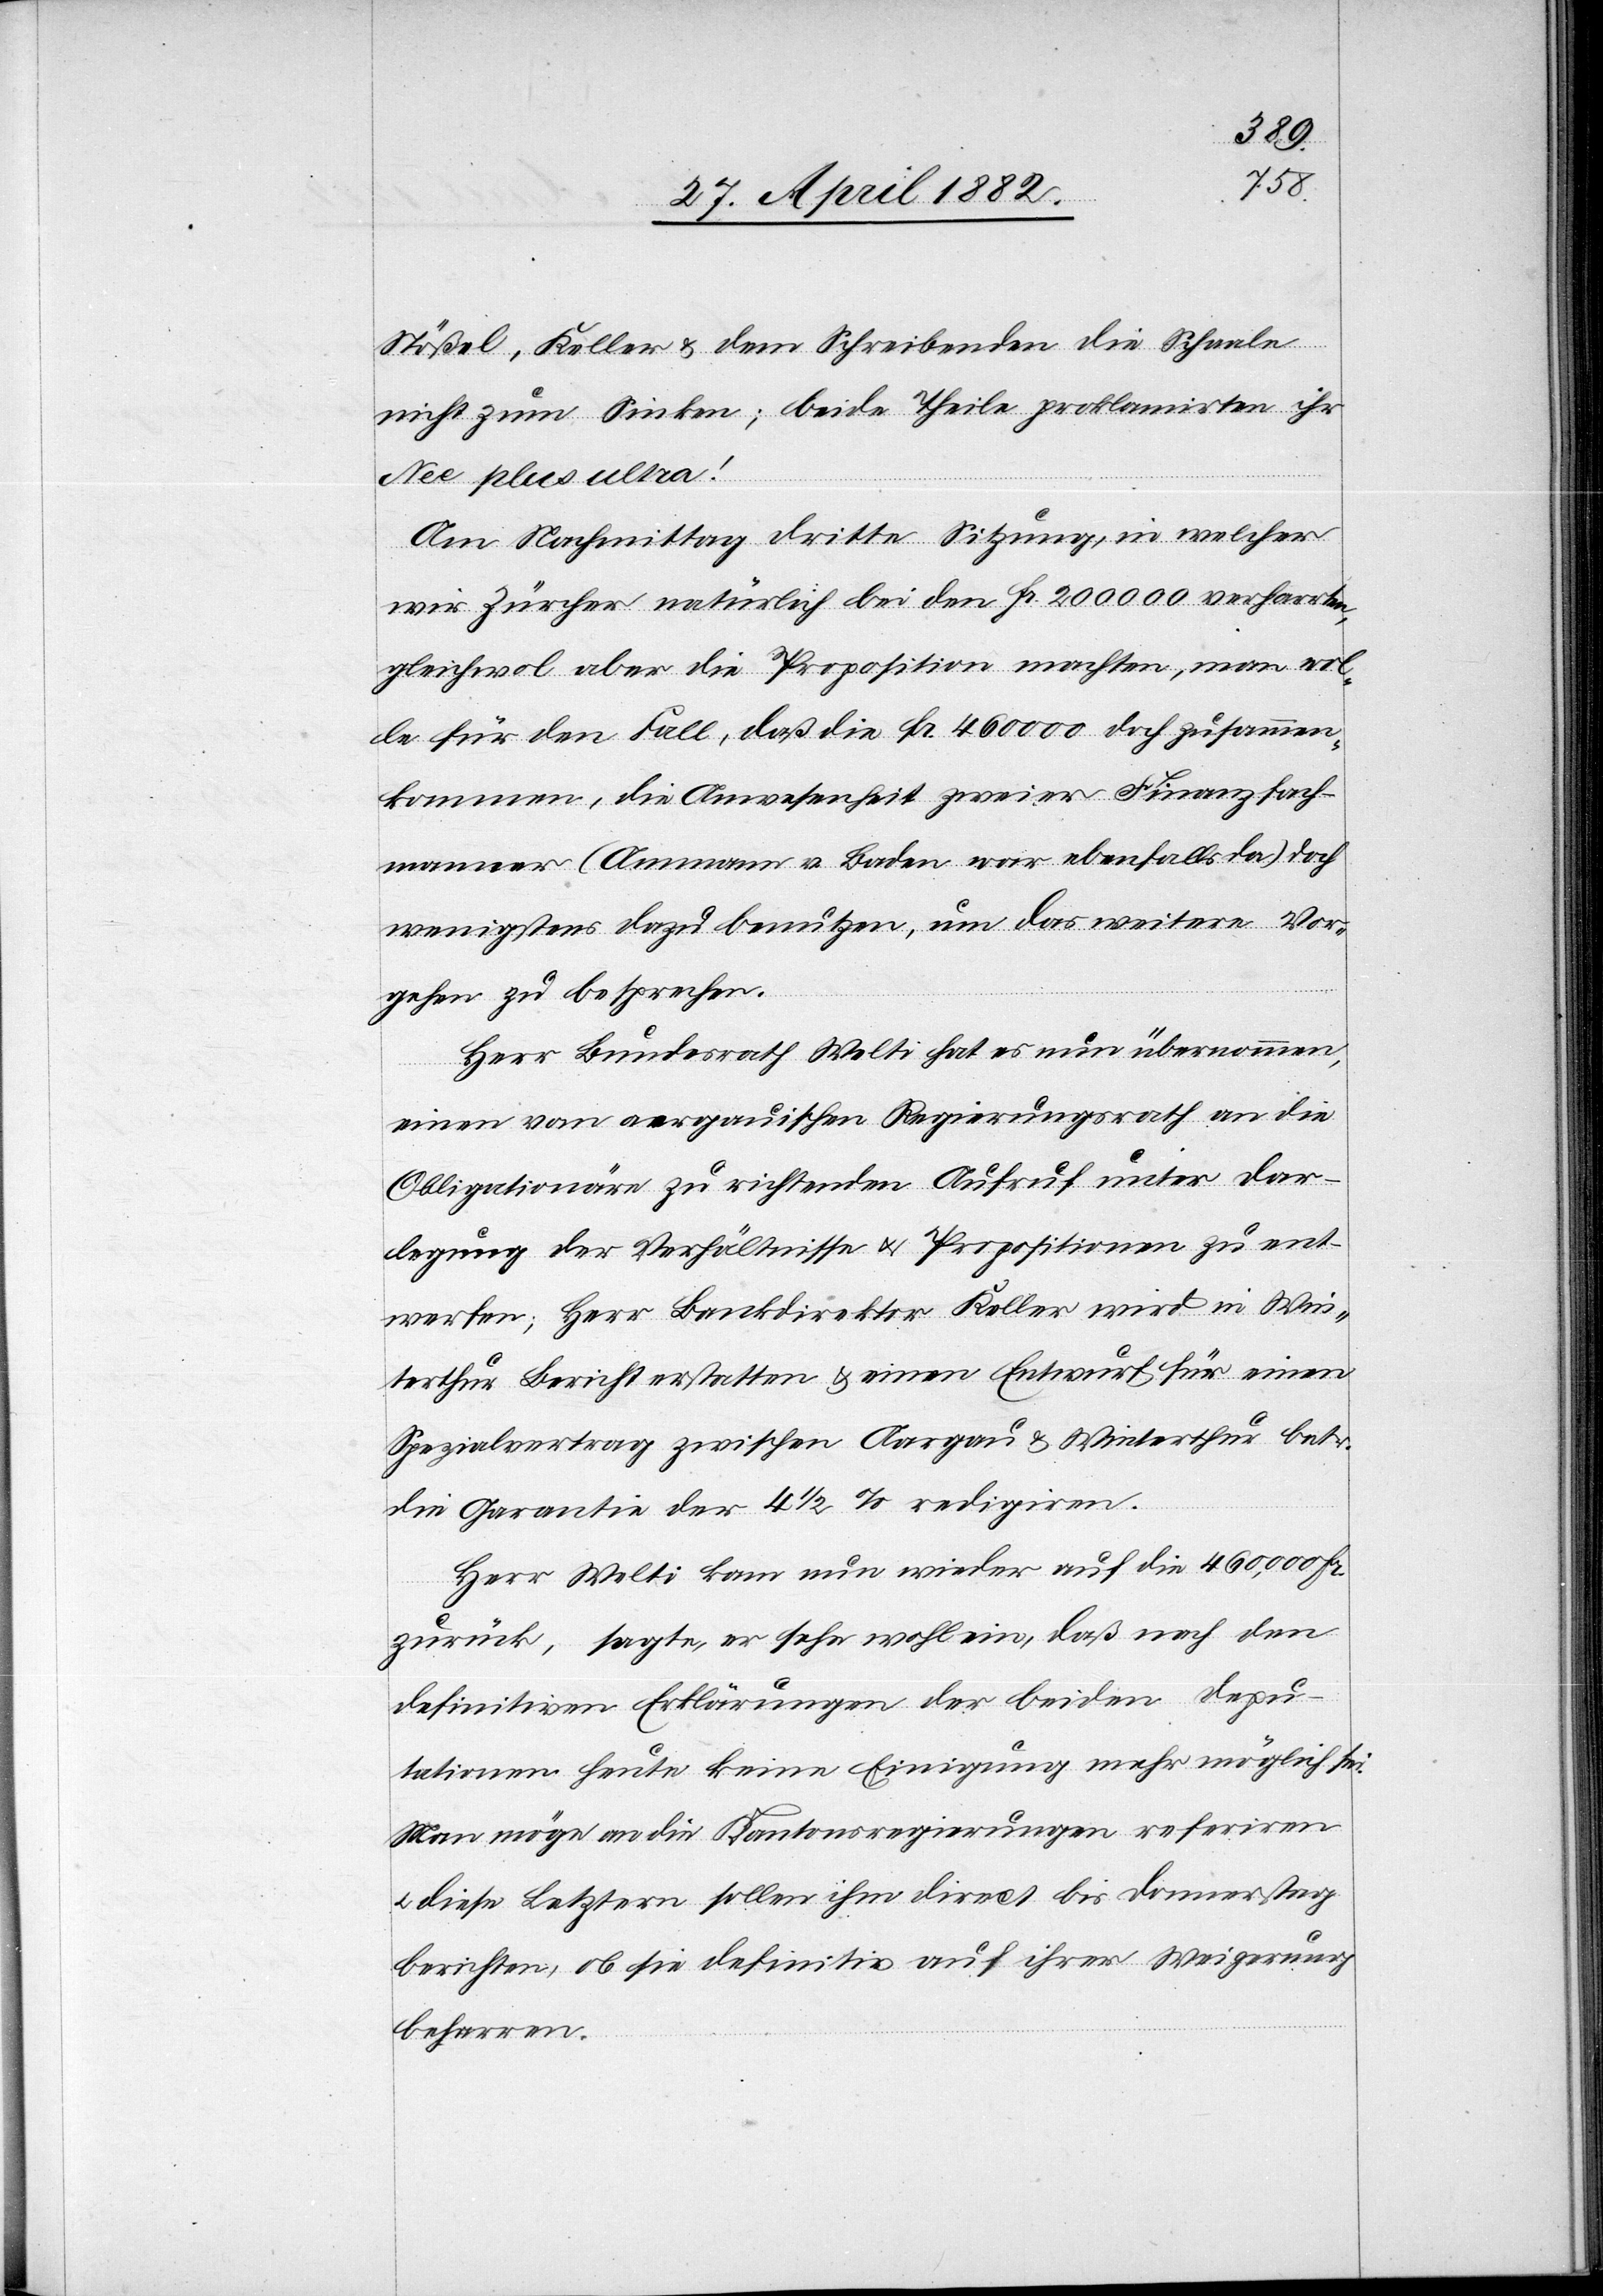
Stößel, Keller & dem Schreibenden die Schaale
nicht zum Sinken; beide Theile proklamirten ihr
Nee plus ultra!
Am Nachmittag dritte Sitzung, in welcher
wir Zürcher natürlich bei den Fr. 200 000 verharrten,
gleichwol aber die Proposition machten, man wol¬
le für den Fall, daß die Fr. 460 000 doch zusammen¬
kommen, die Anwesenheit zweier Finanzfach¬
männer (Amann v. Baden ebenfalls da) doch
wenigstens dazu benutzen um das weitere Vor¬
gehen zu besprechen.
Herr Bundesrath Welti hat es nun übernommen,
einen vom aargauischen Regierungsrath an die
Obligationäre zu richtenden Aufruf unter Dar¬
legung der Verhältnisse u. Propositionen zu ent¬
werfen; Herr Bankdirektor Keller wird in Win¬
terthur Bericht erstatten & einen Entwurf für einen
Spezialvertrag zwischen Aargau & Winterthur betr.
die Garantie der 4 1/2% redigiren.
Herr Welti kam nun wieder auf die 460,000 Fr.
zurück, sagte, er sehe wohl ein, daß nach den
definitiven Erklärungen der beiden Depu¬
tationen heute keine Einigung mehr möglich sei.
Man möge an die Kantonsregierungen referiren
u. diese Letztern sollen ihm direct bis Donnerstag
berichten, ob sie definitiv auf ihrer Weigerung
beharren.